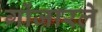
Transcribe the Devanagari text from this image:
गोंजारले